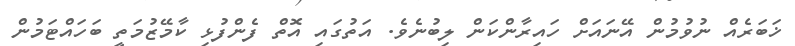
ޚަބަރެއް ނުވުމުން އޭނައަށް ހައިރާންކަން ލިބުނެވެ. އަތުގައި އޮތް ފެންފުޅި ކާމޭޒުމަތީ ބަހައްޓަމުން